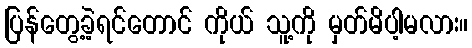
ပြန်တွေ့ခဲ့ရင်တောင် ကိုယ် သူ့ကို မှတ်မိပါ့မလား။